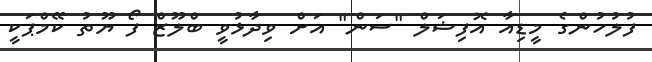
ފުލުހުންގެ މީޑިއާ އޮފިޝަލް "ސަން" އަށް ވިދާޅުވީ ބްލޫޒް ފޯ ޔޫތު ކޭމްޕަކީ